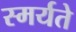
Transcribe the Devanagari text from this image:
स्मर्यते